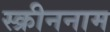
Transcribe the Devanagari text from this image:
स्क्रीननाम